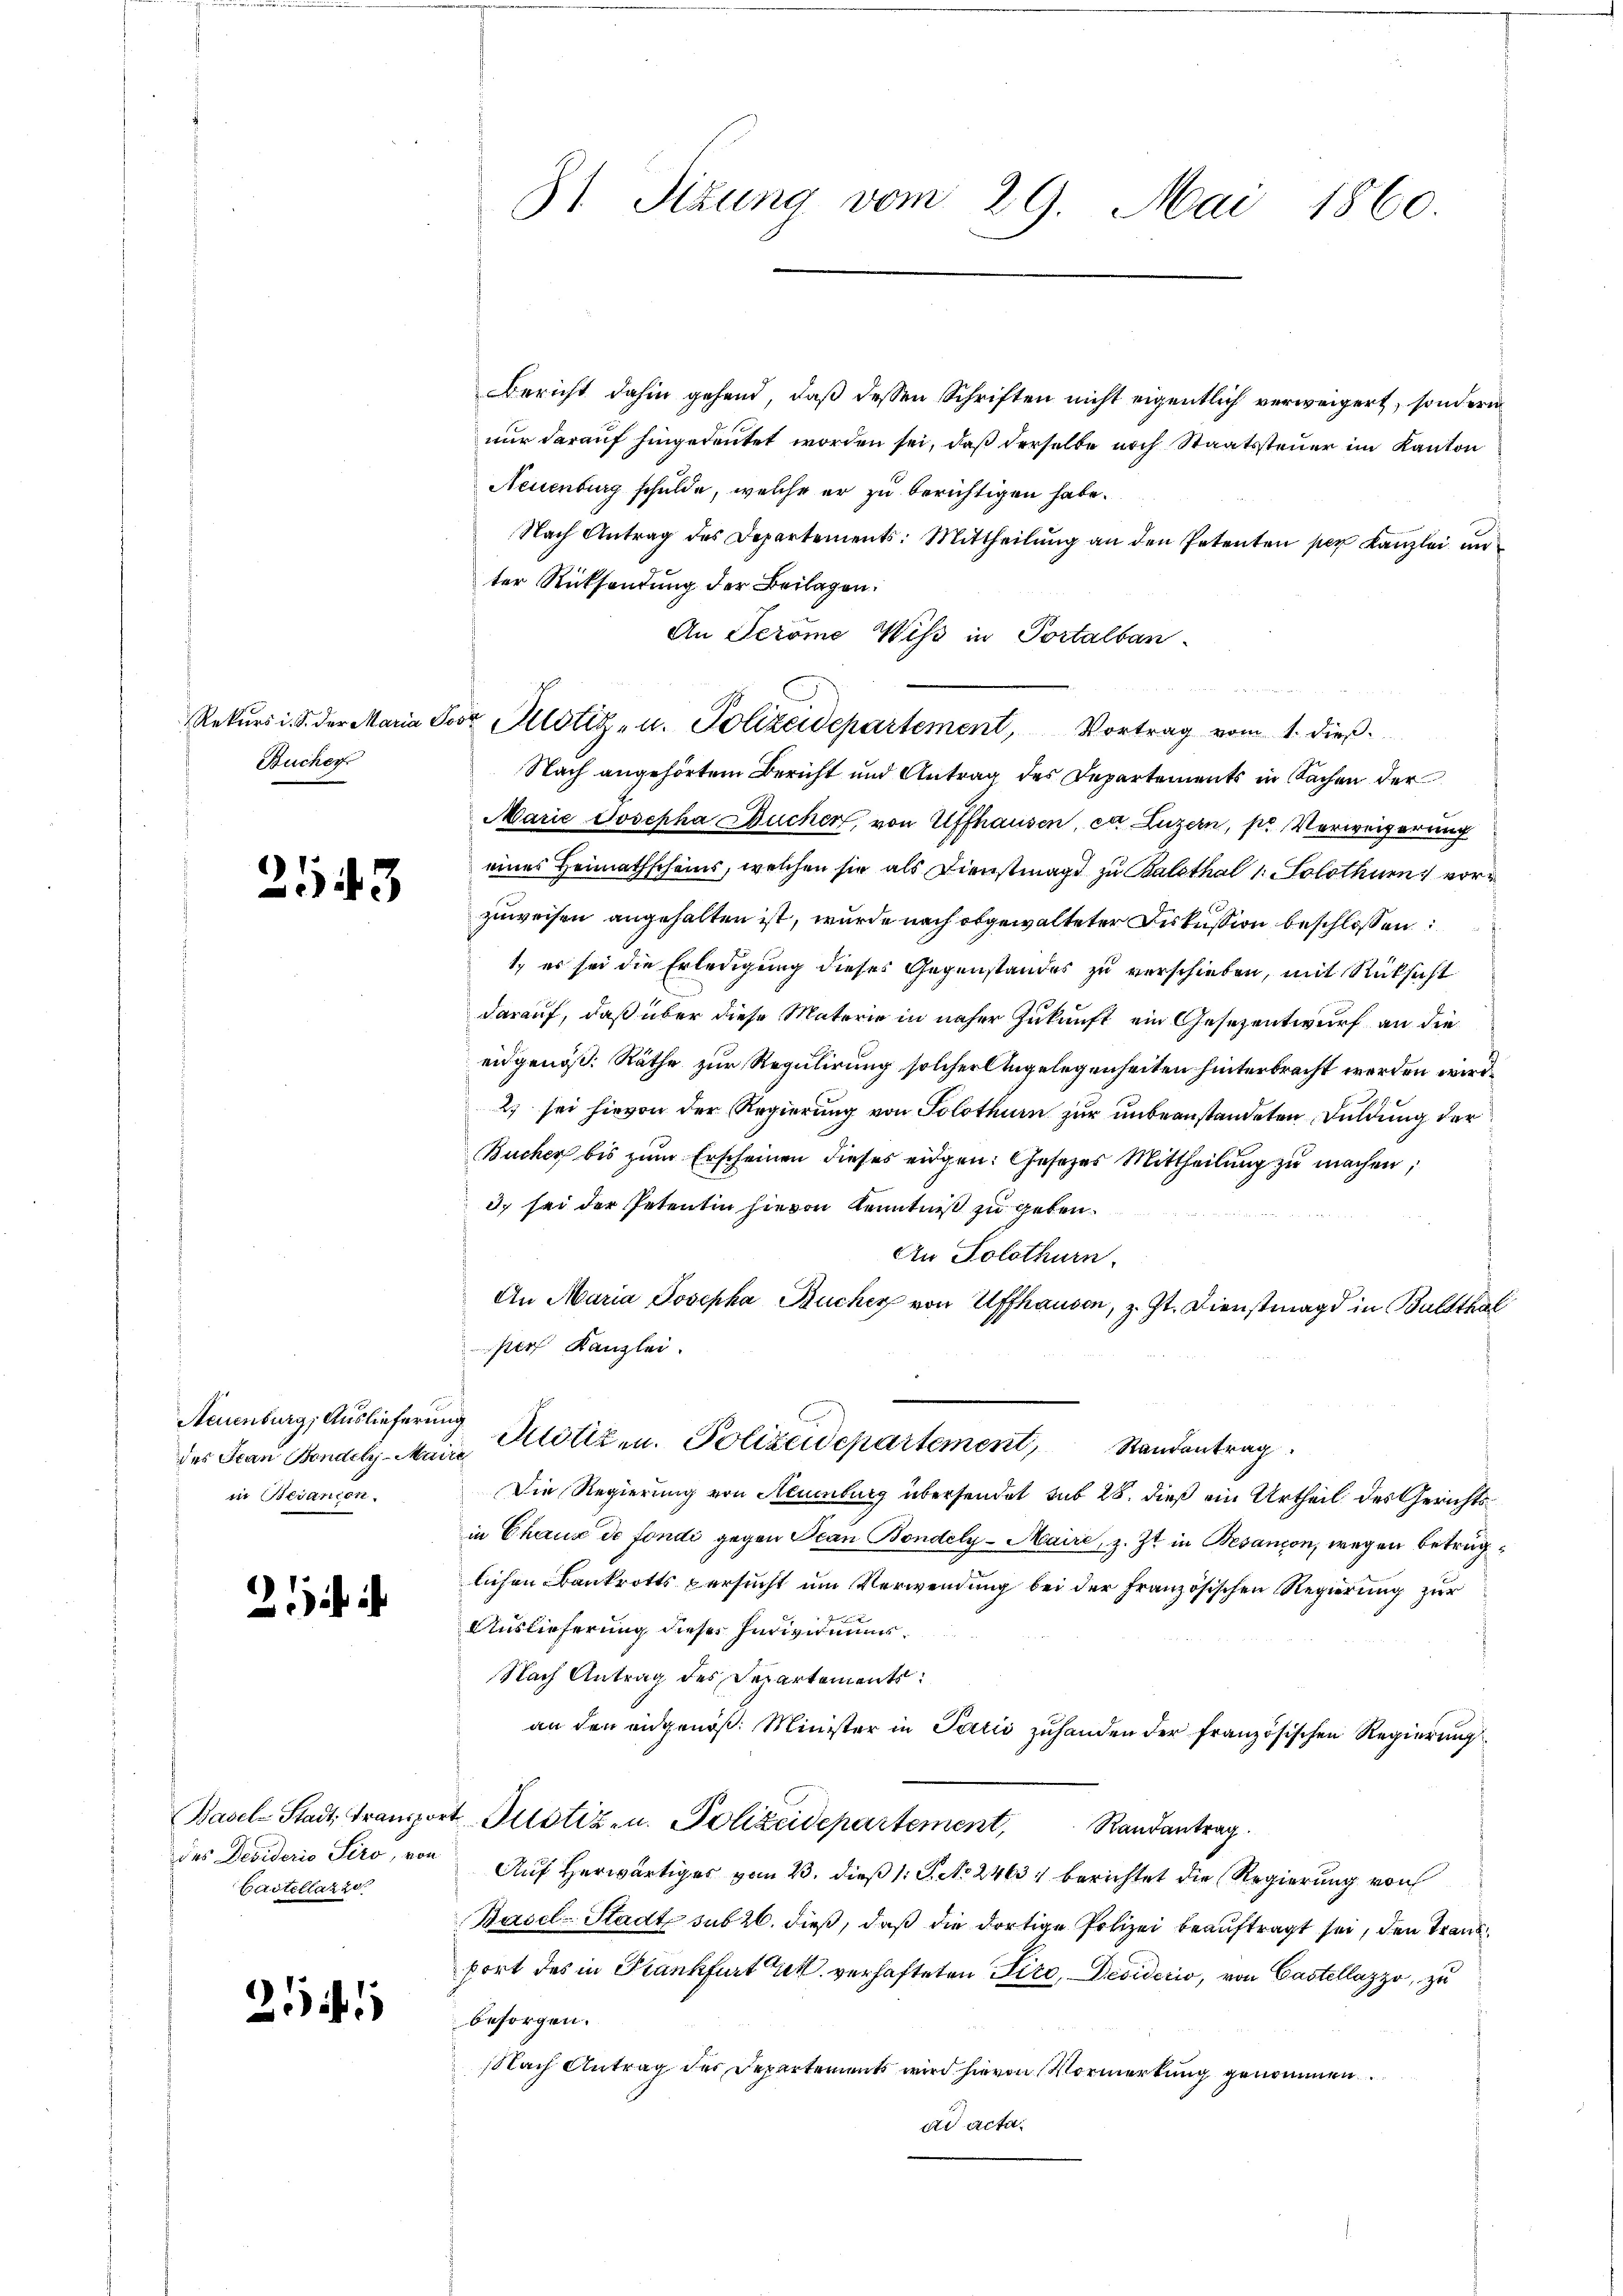
Rekurs i. S. der Maria c.
Bucher

2143

Aeuenburg, Auslieferung
in Besanion.

21

des Desiderio Sero, von
Castellaz z

21

81 Sizung vom 29. Mai 1860.

Bericht dahin gehend, daß dessen Schriften nicht eigentlich verweigert, sondern
nur darauf hingedeutet worden sei, daß derselbe noch Staatssteuer im Kanton
Neuenburg schulde, welche er zu berichtigen habe.
Nach Antrag des Departements: Mittheilung an den Petenten per Kanzlei un
ter Rücksendung der Beilagen.
An Teröme Wiß in Portalban-
hor Pilotiz- u. Polizeidepartement, Vortrag vom 1. dieβ.
Nach angehörtem Bericht und Antrag des Departements in Sachen der
Marie Josepha Bucher, von Affhausen, ca Luzern, per Verweigerung
eines Heimathscheins, welchen sie als Dienstmagd zu Balethal 1. Solothurn vor¬
2.
zuweisen angehalten ist, wurde nach abgewalteter Diskussion beschlossen:
1. es sei die Erledigung dieses Gegenstandes zu verschieben, mit Rücksicht
darauf, daß über diese Materie in näher Zukunft ein Gesezentwurf an die
eidgenöß. Räthe zur Regulirung solcher Angelegenheiten hinterbracht werden wird.
2) sei hievon der Regierung von Solothurn zur unbeanstandeten Duldung der
Bucher bis zum Erscheinen dieses eidgen: Gesetzes Mittheilŭng zŭ machen,
3. sei der Petentin hievon Kenntniß zu geben.
An Solothurn,
An Maria Josepha Bucher von Affhausen, z. Zt. Dienstmagd in Bultthal
per Kanzlei.
des Jean Bandels-Maire Klötiz u. Polizeidepartement, Standentrag
Die Regierung von Neuenburg übersendet sub 28. dieß ein Urtheil des Gerichtsin Chaus de fondi gegen Jean Bondely-Maire, z. Zt. in Besandon, wegen betrüglichen Bankrotts versucht um Verwendung bei der Französischen Regierung zur
Auslieferung dieses Individuums¬
Nach Antrag des Departements:
an den eidgenöß: Minister in Parii zuhanden der französischen Regierung
Basel-Stadt, Transport Gustiz- u. Polizeidepartement, Randantrag.
Auf Herwärtiger vom 23. dieß 1: P. No 2463) berichtet die Regierung von
Basel-Stadt sub 26. dieß, daß die dortige Polizei beauftragt sei, den Trankport des in Krankfurt Gek verhafteten Tiro, Desiderio, von Castellazzo, zu
besorgen.
slach Antrag der Departements wird hievon Vormerkung genommen
ad acta.

e